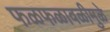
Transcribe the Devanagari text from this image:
फळफळावळीमुळे